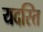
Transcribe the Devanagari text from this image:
यदस्ति